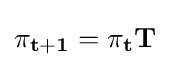
\mathbf {\pi _{t+1}} =\mathbf {\pi _{t}} \mathbf {T}